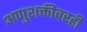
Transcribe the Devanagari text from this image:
अणुशक्तीवरही